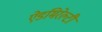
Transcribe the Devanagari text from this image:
ऐडमिरेल्टी